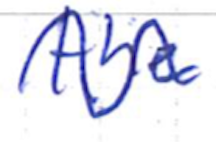
Text: the
Cross-out: wave
Writing tool: ballpoint